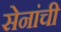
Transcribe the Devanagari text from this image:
सेनांची